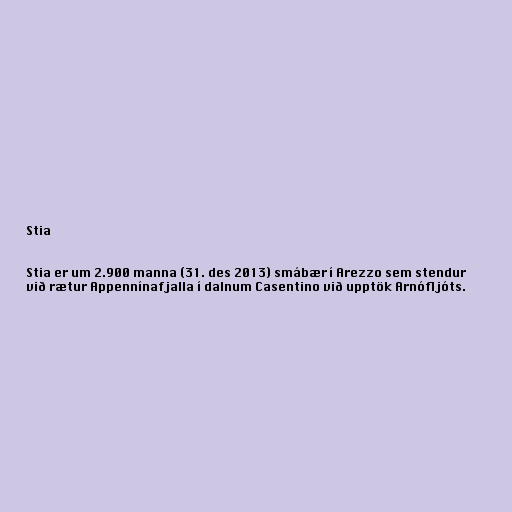
Stia

Stia er um 2.900 manna (31. des 2013) smábær í Arezzo sem stendur
við rætur Appennínafjalla í dalnum Casentino við upptök Arnófljóts.